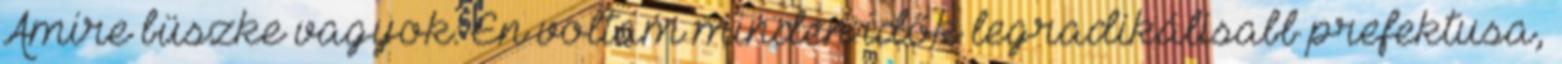
Amire büszke vagyok: Én voltam minden idők legradikálisabb prefektusa,